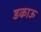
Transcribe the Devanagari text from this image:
डकाऊ